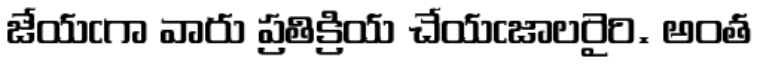
జేయఁగా వారు ప్రతిక్రియ చేయఁజాలరైరి. అంత